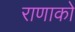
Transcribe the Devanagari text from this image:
राणाको